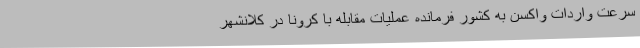
سرعت واردات واکسن به کشور فرمانده عملیات مقابله با کرونا در کلانشهر